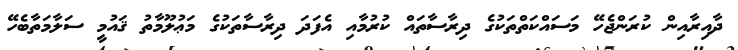
ދާއިރާއިން ކުރަންޖެހޭ މަސައްކަތްތަކުގެ ދިރާސާތައް ކުރުމާއި އެފަދަ ދިރާސާތަކުގެ މަޢުލޫމާތު ޤައުމީ ސަލާމަތާބެހޭ